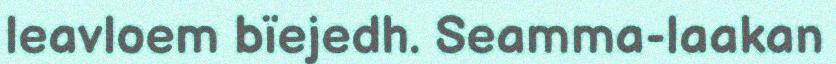
leavloem bïejedh. Seamma-laakan